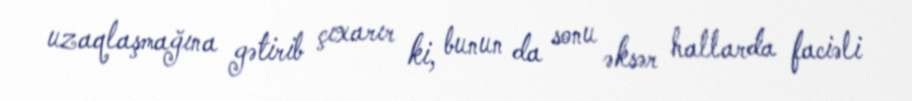
uzaqlaşmağına gətirib çıxarır ki, bunun da sonu əksər hallarda faciəli